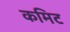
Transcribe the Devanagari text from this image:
कमिट